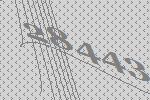
28443